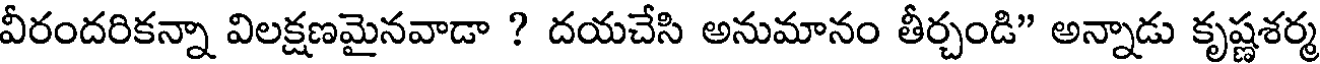
వీరందరికన్నా విలక్షణమైనవాడా ? దయచేసి అనుమానం తీర్చండి" అన్నాడు కృష్ణశర్మ